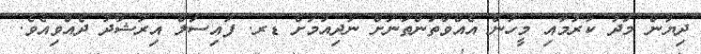
ދިޔުން މަދު ކުރުމާއި މީހުން އެއްވާތަންތަނަށް ނުދިއުމަށް ޑރ. ފައިސަލް އިރުޝާދު ދެއްވިއެވެ.